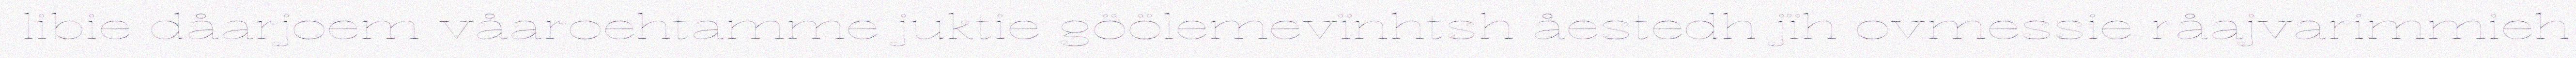
libie dåarjoem våaroehtamme juktie göölemevïnhtsh åestedh jïh ovmessie råajvarimmieh